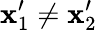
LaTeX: \mathbf{x}_{1}^{\prime}\neq\mathbf{x}_{2}^{\prime}